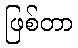
ဖြစ်တာ